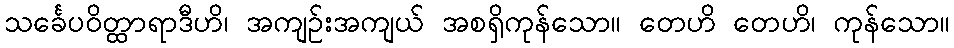
သင်္ခေပဝိတ္ထာရာဒီဟိ၊ အကျဉ်းအကျယ် အစရှိကုန်သော။ တေဟိ တေဟိ၊ ကုန်သော။